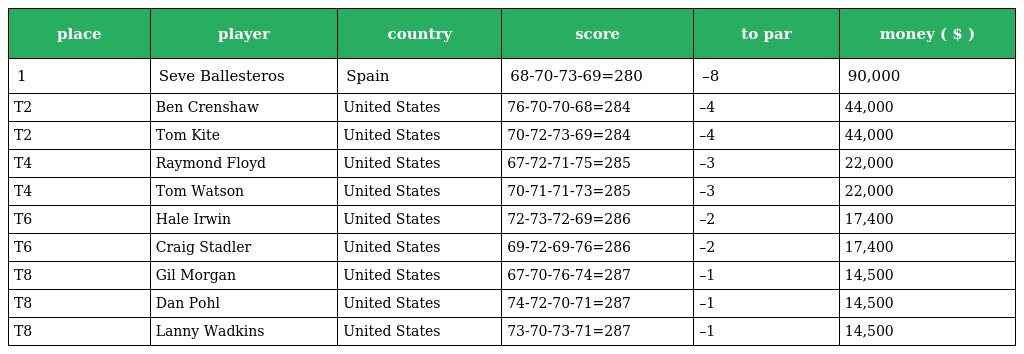
| place | player | country | score | to par | money ( $ ) |
 | --- | --- | --- | --- | --- | --- |
 | 1 | Seve Ballesteros | Spain | 68-70-73-69=280 | –8 | 90,000 |
 | T2 | Ben Crenshaw | United States | 76-70-70-68=284 | –4 | 44,000 |
 | T2 | Tom Kite | United States | 70-72-73-69=284 | –4 | 44,000 |
 | T4 | Raymond Floyd | United States | 67-72-71-75=285 | –3 | 22,000 |
 | T4 | Tom Watson | United States | 70-71-71-73=285 | –3 | 22,000 |
 | T6 | Hale Irwin | United States | 72-73-72-69=286 | –2 | 17,400 |
 | T6 | Craig Stadler | United States | 69-72-69-76=286 | –2 | 17,400 |
 | T8 | Gil Morgan | United States | 67-70-76-74=287 | –1 | 14,500 |
 | T8 | Dan Pohl | United States | 74-72-70-71=287 | –1 | 14,500 |
 | T8 | Lanny Wadkins | United States | 73-70-73-71=287 | –1 | 14,500 |